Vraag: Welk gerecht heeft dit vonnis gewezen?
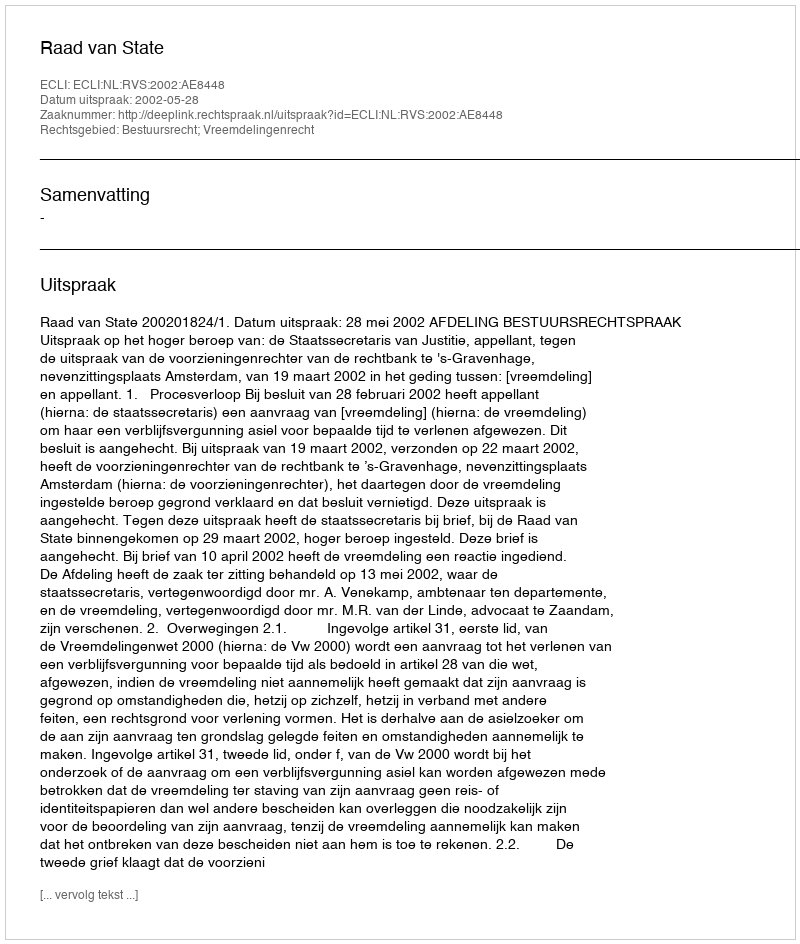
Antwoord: Raad van State